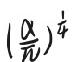
$\left(\frac{\alpha}{n}\right)^{\frac{1}{4}}$